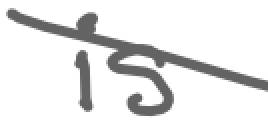
Text: is
Cross-out: diagonal
Writing tool: digital_gray